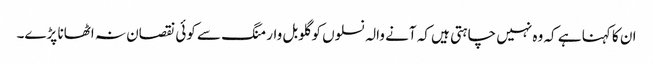
ان کا کہنا ہے کہ وہ نہیں چاہتی ہیں کہ آنے والہ نسلوں کو گلوبل وارمنگ سے کوئی نقصان نہ اٹھانا پڑے۔